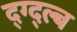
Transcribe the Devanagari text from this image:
द्ग्द्ल्ब